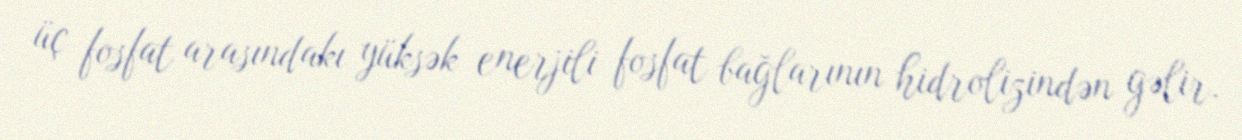
üç fosfat arasındakı yüksək enerjili fosfat bağlarının hidrolizindən gəlir.